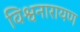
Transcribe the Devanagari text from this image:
विश्वनारायण